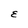
Character: E